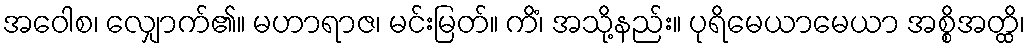
အဝေါစ၊ လျှောက်၏။ မဟာရာဇ၊ မင်းမြတ်။ ကိံ၊ အသို့နည်း။ ပုရိမေယာမေယာ အစ္စိအတ္ထိ၊